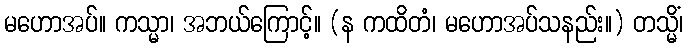
မဟောအပ်။ ကသ္မာ၊ အဘယ်ကြောင့်။ (န ကထိတံ၊ မဟောအပ်သနည်း။) တသ္မိံ၊